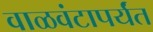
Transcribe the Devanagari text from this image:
वाळवंटापर्यंत